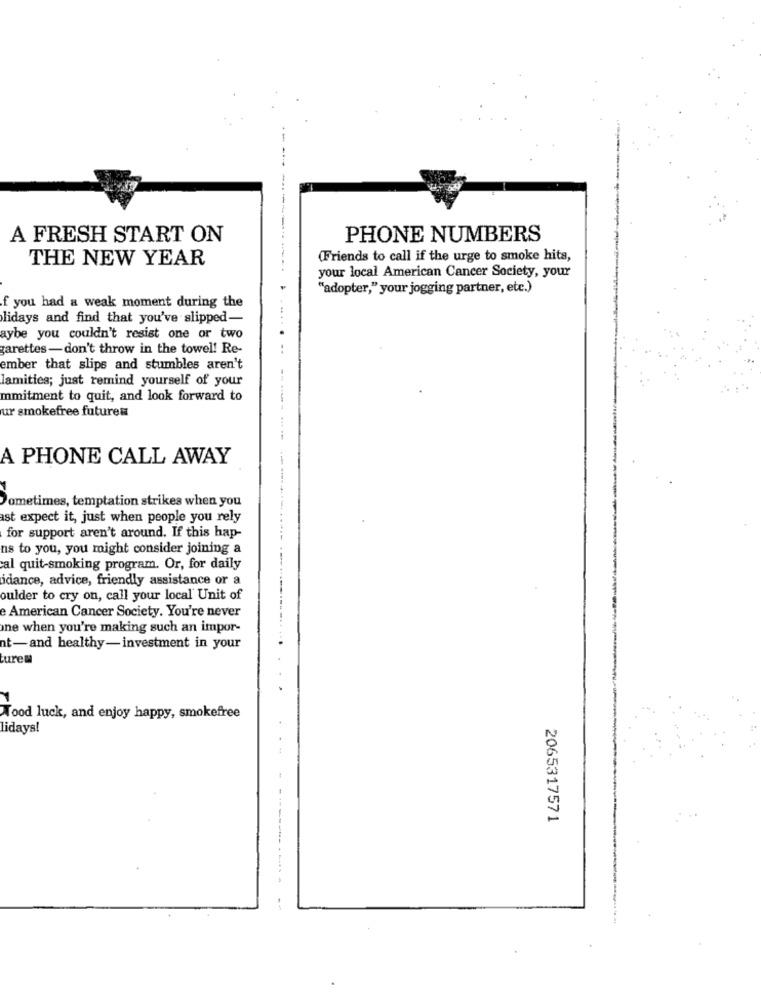
A FRESH START ON
PHONE NUMBERS
THE NEW YEAR
(Friends to call if the urge to smoke hits,
your local American Cancer Society, your
"adopter," your jogging partner, etc.)
f you had a weak moment during the
lidays and find that you've slipped-
aybe you couldn't resist one or two
garettes-don't throw in the towel! Re-
ember that slips and stumbles aren't
lamities; just remind yourself of your
mmitment to quit, and look forward to
ur smokefree futures
A PHONE CALL AWAY
Sometimes, temptation strikes when you
ast expect it, just when people you rely
for support aren't around. If this hap-
ns to you, you might consider joining a
al quit-smoking program. Or, for daily
idance, advice, friendly assistance or a
oulder to cry on, call your local' Unit of
e American Cancer Society. You're never
ine when you're making such an impor-
nt-and healthy-investment in your
turen
Tood luck, and enjoy happy, smokefree
lidays!
2065317571